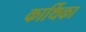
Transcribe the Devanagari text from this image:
कार्थिका